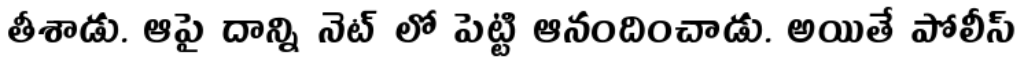
తీశాడు. ఆపై దాన్ని నెట్ లో పెట్టి ఆనందించాడు. అయితే పోలీస్